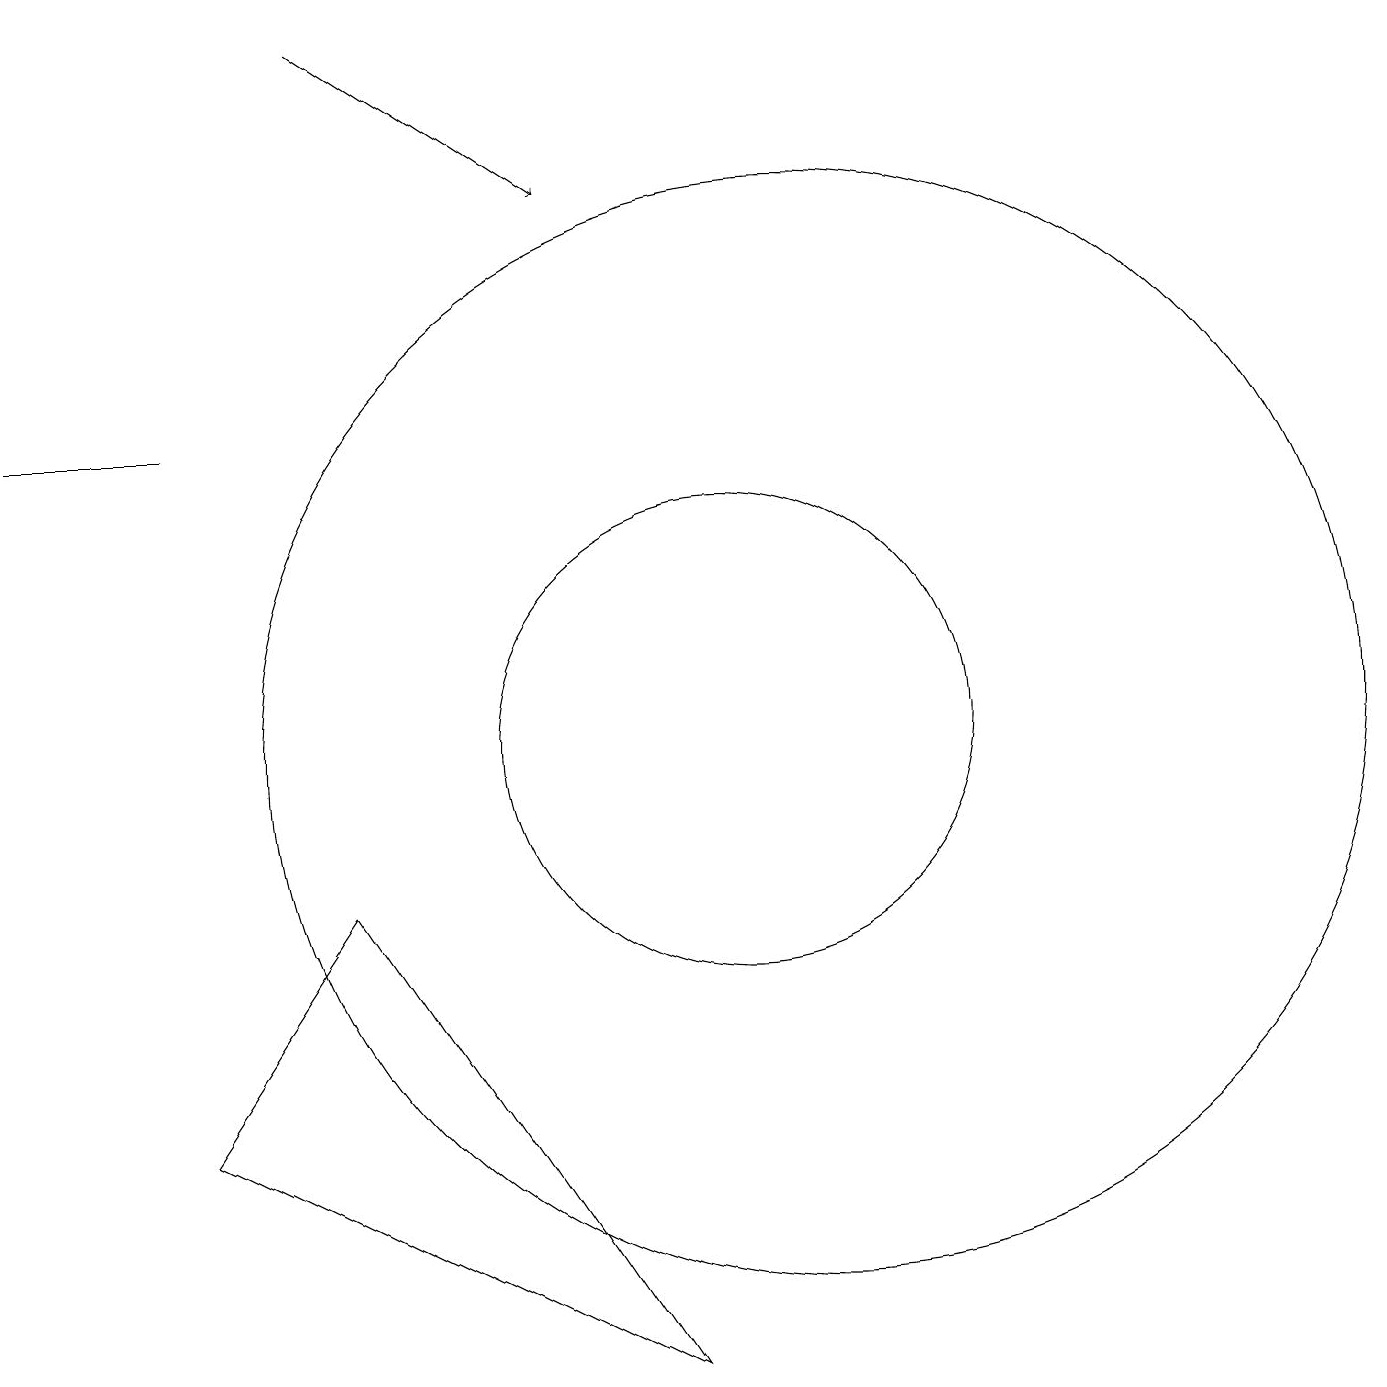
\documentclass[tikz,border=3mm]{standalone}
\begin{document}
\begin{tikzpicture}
\draw (3,14) rectangle (1,14);
\draw (10,10) circle (3);
\draw (11,10) circle (7);
\draw[->] (5,19) -- (8,17);
\draw (3,5) -- (9,2) -- (5,8) -- cycle;
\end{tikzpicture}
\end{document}